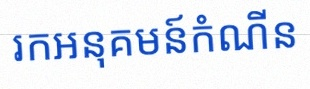
រកអនុគមន៍កំណើន